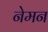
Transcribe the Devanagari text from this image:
नेमन